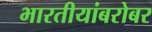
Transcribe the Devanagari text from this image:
भारतीयांबरोबर